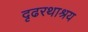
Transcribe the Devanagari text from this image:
दृढरथाश्रय